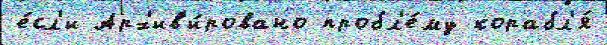
е́сл'и Арх'ив'и́ровано пробл'е́му корабл'я́